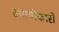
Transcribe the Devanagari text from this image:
स्थायीकारों